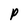
Character: P